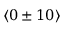
\langle 0 \pm 1 0 \rangle